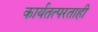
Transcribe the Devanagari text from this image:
कार्यतत्परताही